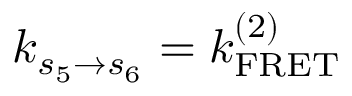
k _ { s _ { 5 } \to s _ { 6 } } = k _ { \mathrm { F R E T } } ^ { ( 2 ) }